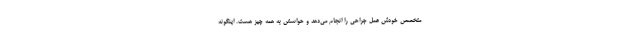
متخصص خودش عمل جراحی را انجام می‌دهد و حواسش به همه چیز هست. اینگونه